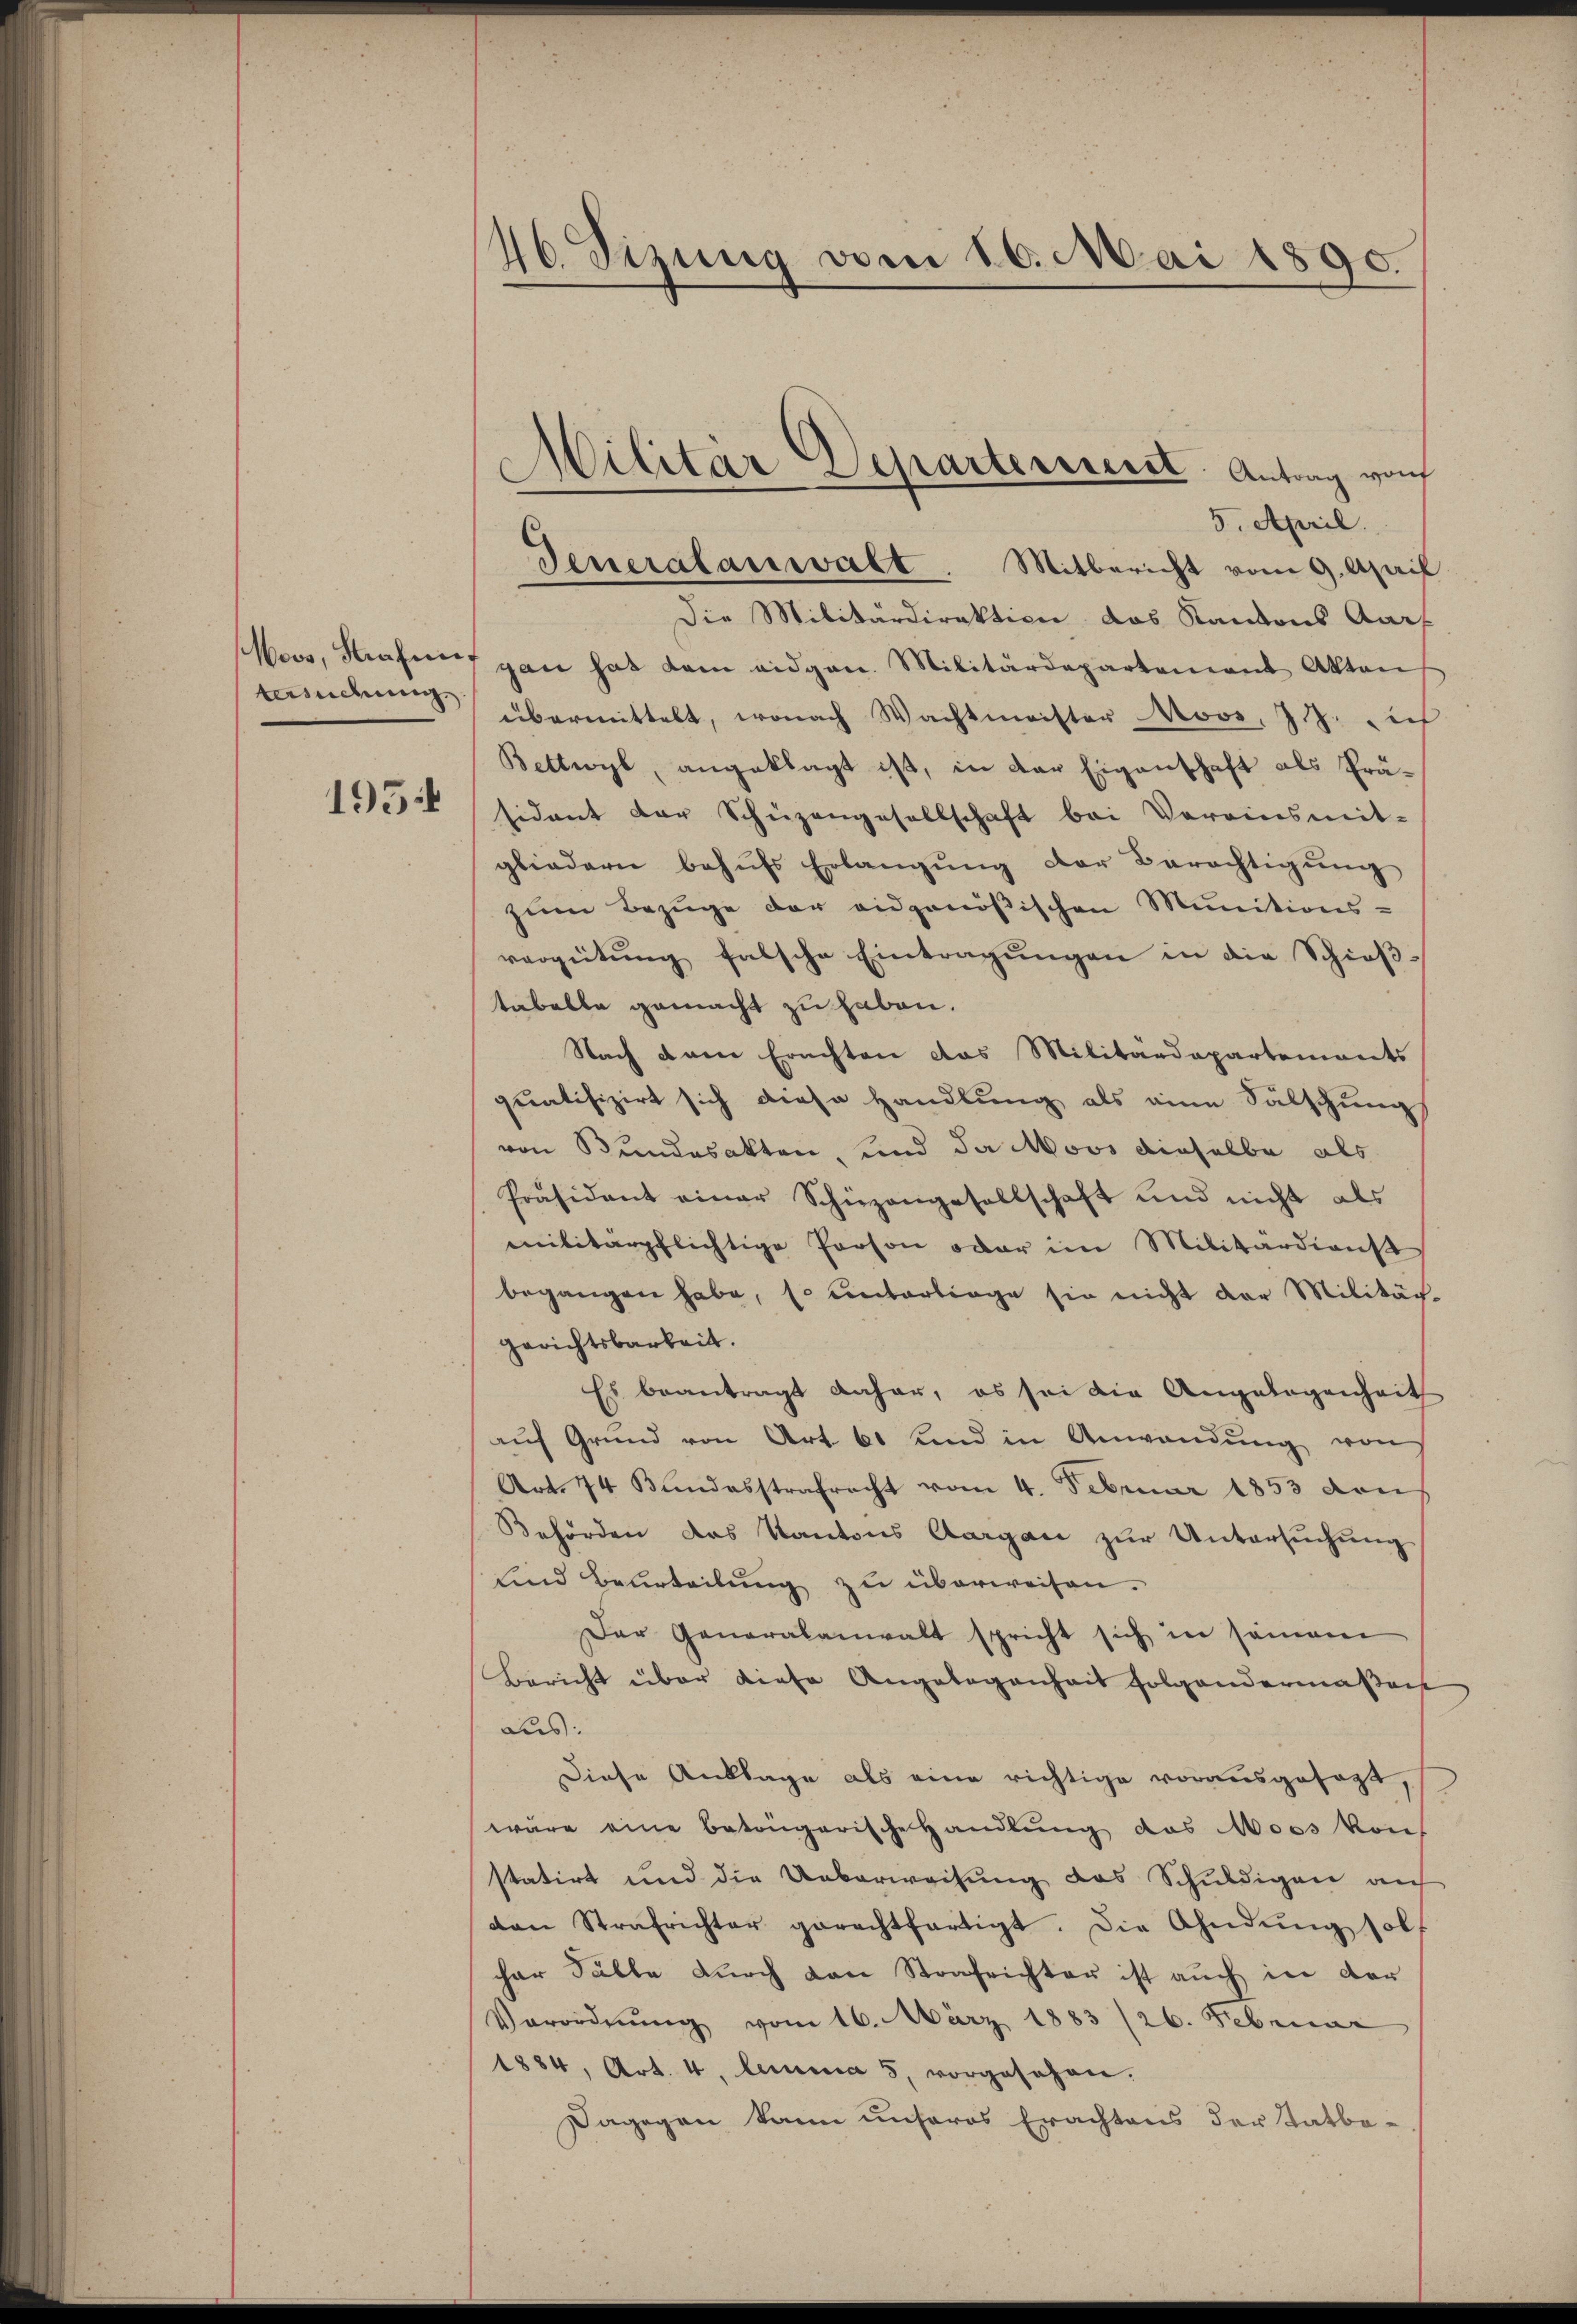
tasndung

5. April.
Die Militärdirektion das Kantons Aar
Moor, Strafen gan hat dem eidgen. Militärdepartement Akten
übermittelt, wonach Wachtmeister Noos, 7. ich
Bettwyl, angeklagt ist, in der Eigenschaft als Prä¬
1554 sidant der Schüzengesellschaft bei Vereinsmit-
gliedern behŭfs Erlangung der Berechtigŭng
zum Bezuge der eidgenößischen Munitions-
vergütŭng falsche Eintragungen in die Schießtabelle gemacht zu haben.
Nach dem Erachten das Militärdepartements
quatifizirt sich diese Handlung als eine Sälschung
von Bundesakten, und da Moos dieselbe als
Präsident einer Schüzangesellschaft und nicht als
militärpflichtige Person oder im Militärdienst
begangen habe, so unterliege sie nicht der Militär-
Gerichtsbarkeit.
Es beantragt daher, es sei die Angelegenheit
auf Grund von Art. 61 und in Anwendŭng von
Art. 74 Bundesstrafrecht vom 4. Februar 1853 von
Behörden das Kantons Aargau zur Untersuchung
und Beurteilung zu überweisen.
Der Generalanwalt spricht sich in seinem
Bericht über diese Angelegenheit folgendermaßen
aus:
Diese Anklage als eine richtige vorausgesagt, s
wäre eine betrügerische Handlŭng das Moos konf
statirt und die Ueberweisung des Schuldigen auf
don Strafrichter gerechtfertigt. Die Ahndŭng sol
har Fälle durch von Strafrichter ist auch in der
Verordnung vom 16. März 1883 /26. Februar
1884, Art. 4. lemma 5 vorgesehen.
Dagegen kann unseres Erachtens der Tatbe¬

46. Sizung vom 16. Mai 1890.

Generalanwalt. Mitbericht vom 9. April

Militär Separterreich. Antrag von